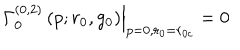
LaTeX: \left. \Gamma _ { 0 } ^ { ( 0 , 2 ) } \left( p ; r _ { 0 } , g _ { 0 } \right) \right| _ { p = 0 , r _ { 0 } = r _ { 0 { c } } } = 0